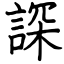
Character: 𧨾